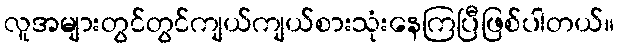
လူအများတွင်တွင်ကျယ်ကျယ်စားသုံးနေကြပြီဖြစ်ပါတယ်။